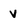
Character: V